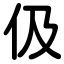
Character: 伋